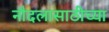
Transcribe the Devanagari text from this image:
नौदलासाठीच्या